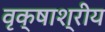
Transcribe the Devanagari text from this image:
वृक्षाश्रीय